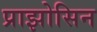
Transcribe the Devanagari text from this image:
प्राझोसिन